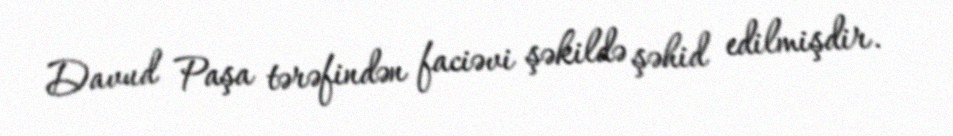
Davud Paşa tərəfindən faciəvi şəkildə şəhid edilmişdir.